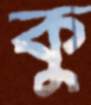
কু